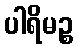
ပါရိမဉ္စ